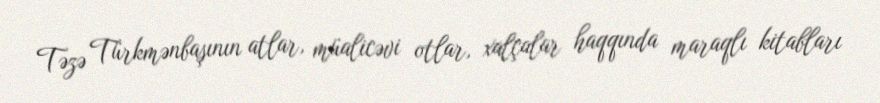
Təzə Türkmənbaşının atlar, müalicəvi otlar, xalçalar haqqında maraqlı kitabları